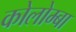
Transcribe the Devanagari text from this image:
कोलोम्बा